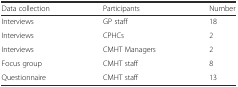
<table><thead><tr><td><b>Data collection</b></td><td><b>Participants</b></td><td><b>Number</b></td></tr></thead><tbody><tr><td>Interviews</td><td>GP staff</td><td>18</td></tr><tr><td>Interviews</td><td>CPHCs</td><td>2</td></tr><tr><td>Interviews</td><td>CMHT Managers</td><td>2</td></tr><tr><td>Focus group</td><td>CMHT staff</td><td>8</td></tr><tr><td>Questionnaire</td><td>CMHT staff</td><td>13</td></tr></tbody></table>